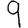
Digit: 9